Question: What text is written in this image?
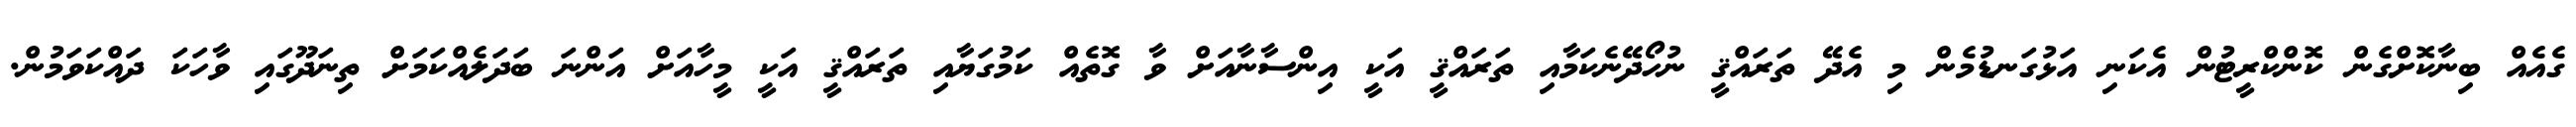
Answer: ގެއެއް ބިނާކޮށްގެން ކޮންކްރީޓުން އެކަނި އަޅުގަނޑުމެން މި އެދޭ ތަރައްޤީ ނުހޯދޭނެކަމާއި ތަރައްޤީ އަކީ އިންސާނާއަށް ވާ ގޮތެއް ކަމުގަޔާއި ތަރައްޤީ އަކީ މީހާއަށް އަންނަ ބަދަލެއްކަމަށް ތިނަދޫގައި ވާހަކަ ދައްކަވަމުން.